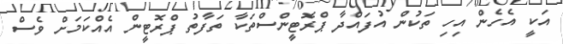
އަކީ އެހެން އިހި ތަކުން އުފައްދާ ޕްރޮޓީންސްތަކާ ތަފާތު ޕްރޮޓީން އެއްކަމަށް ވެސް